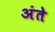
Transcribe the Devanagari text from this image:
अंते